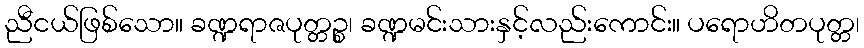
ညီငယ်ဖြစ်သော။ ခဏ္ဍရာဇပုတ္တဉ္စ၊ ခဏ္ဍမင်းသားနှင့်လည်းကောင်း။ ပရောဟိတပုတ္တ၊